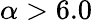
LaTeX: \alpha>6.0